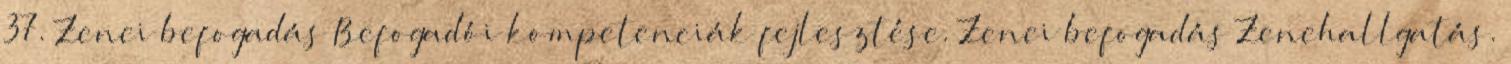
37. Zenei befogadás Befogadói kompetenciák fejlesztése. Zenei befogadás Zenehallgatás.